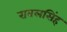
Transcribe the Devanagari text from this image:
रावलसिंह